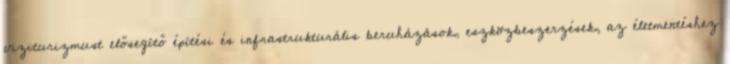
viziturizmust elősegítő építési és infrastrukturális beruházások, eszközbeszerzések, az életmentéshez